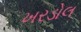
ખરડોલ